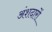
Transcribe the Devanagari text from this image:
अंशदारों